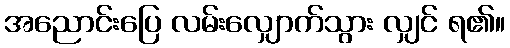
အညောင်းပြေ လမ်းလျှောက်သွား လျှင် ရ၏။